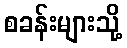
စခန်းများသို့